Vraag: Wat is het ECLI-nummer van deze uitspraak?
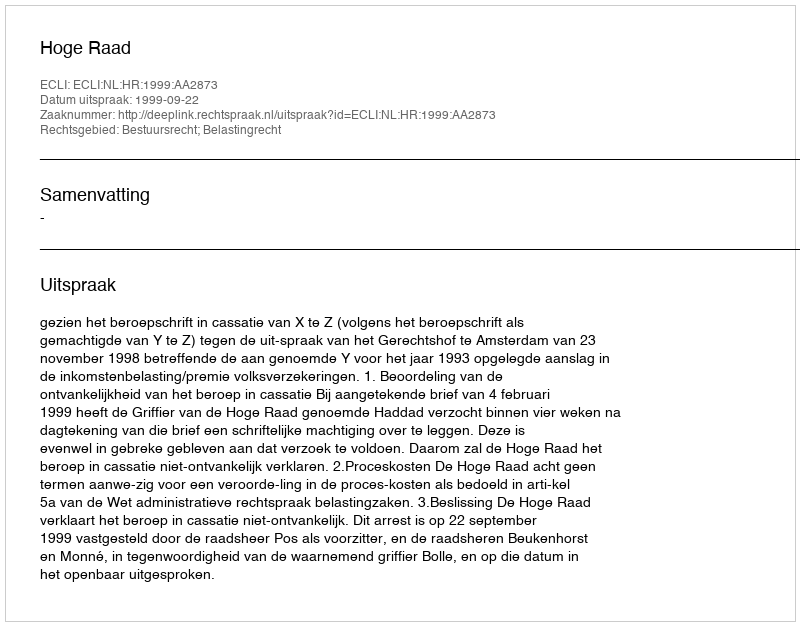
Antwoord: ECLI:NL:HR:1999:AA2873